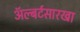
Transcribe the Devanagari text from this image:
अॅल्बर्टसारखा